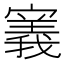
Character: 𫴌